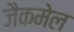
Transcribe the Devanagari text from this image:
जैकमेल